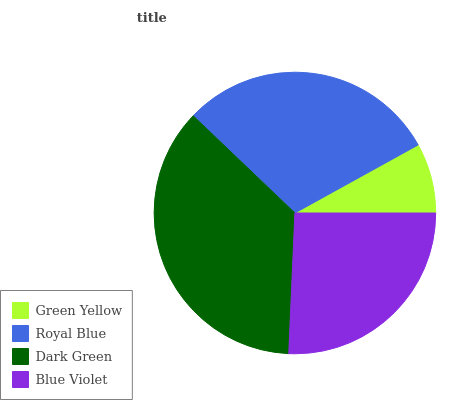
| Green Yellow | Royal Blue | Dark Green | Blue Violet |
 | --- | --- | --- | --- |
 | 8.05% | 29.8% | 36.5% | 25.7% |